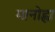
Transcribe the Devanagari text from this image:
मानोह्ला